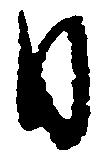
日